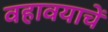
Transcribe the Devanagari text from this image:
वहावयाचें